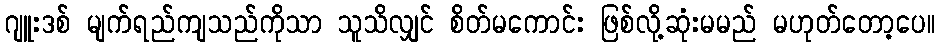
ဂျူးဒစ် မျက်ရည်ကျသည်ကိုသာ သူသိလျှင် စိတ်မကောင်း ဖြစ်လို့ဆုံးမမည် မဟုတ်တော့ပေ။